Civil Veterinary Dept. Bombay admin report 1900-1906 - 1900-1906
Year: 1900
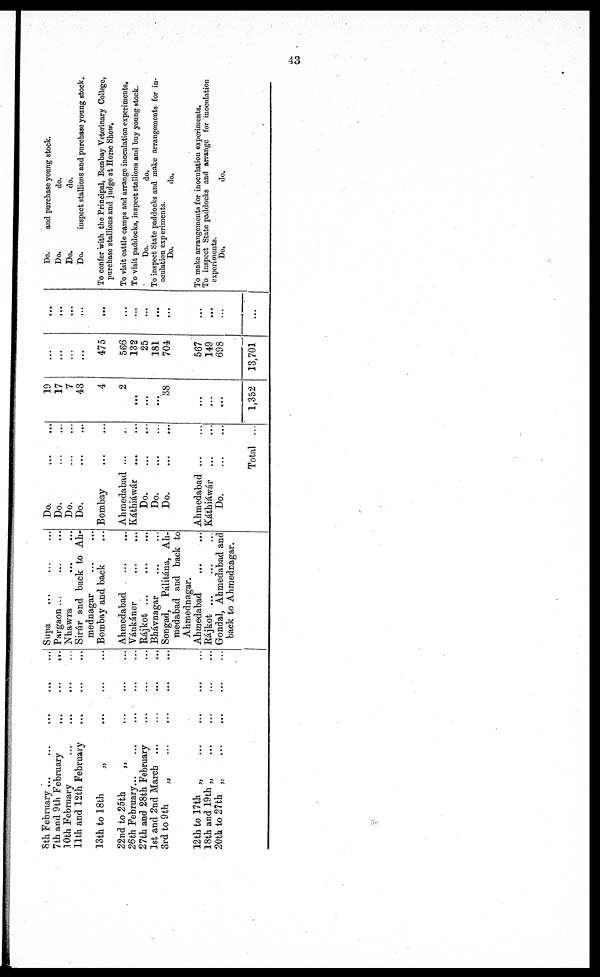
43
8th February ... ... ... ...
7th and 9th February
...
...
...
10th February
...
...
...
...
11th and 12th February
...
...
...
13th to 18th „ ... ... ...
22nd to 25th
„
...
...
26th February
...
...
...
...
...
27th and 28th February
...
...
1st and 2nd March ... ... ... ...
3rd to 9th
„
...
...
...
...
12th to 17th „
...
...
...
...
18th and 19th „ ... ... ... ...
20th to 27th „ ... ... ... ...
Supa ... ... ...
Pargaon ... ... ...
Nhawra ... ... ...
Sirúr and back to Ah-
mednagar ... ...
Bombay and back ...
Ahmedabad
... ...
Vánkáner ... ...
Rájkot ... ... ...
Bhávnagar ... ...
Songad, Pálitána, Ah-
medabad and back to
Ahmednagar.
Ahmedabad
...
...
Rájkot ... ... ...
Gondal, Ahmedabad and
back to Ahmednagar.
Do.
...
...
Do.
...
...
Do.
...
...
Do.
...
...
Bombay
Ahmedabad ...
Káthiáwár ... ...
Do.
...
...
Do.
...
...
Do.
...
...
Ahmedabad ... ...
Káthiáwár ... ...
Do.
...
...
Total ...
19
17
7
43
4
2
...
...
38
...
...
...
1,352
...
...
...
...
475
566
132
25
181
704
567
149
698
13,701
...
...
...
...
...
...
...
...
...
...
...
...
...
...
Do.
and purchase young stock.
Do.
do.
Do.
do.
Do.
inspect stallions and purchase young stock.
To confer with the Principal, Bombay Veterinary College,
purchase stallions and judge at Horse Show,
To visit cattle camps and arrange inoculation experiments.
To visit paddocks, inspect stallions and buy young stock.
Do.
do.
To inspect State paddocks and make arrangements for in-
oculation experiments.
Do.
do.
To make arrangements for inoculation experiments.
To inspect State paddocks and arrange for inoculation
experiments.
Do.
do.